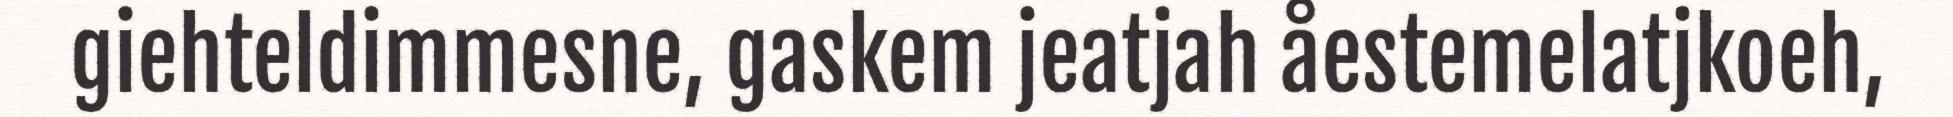
giehteldimmesne, gaskem jeatjah åestemelatjkoeh,